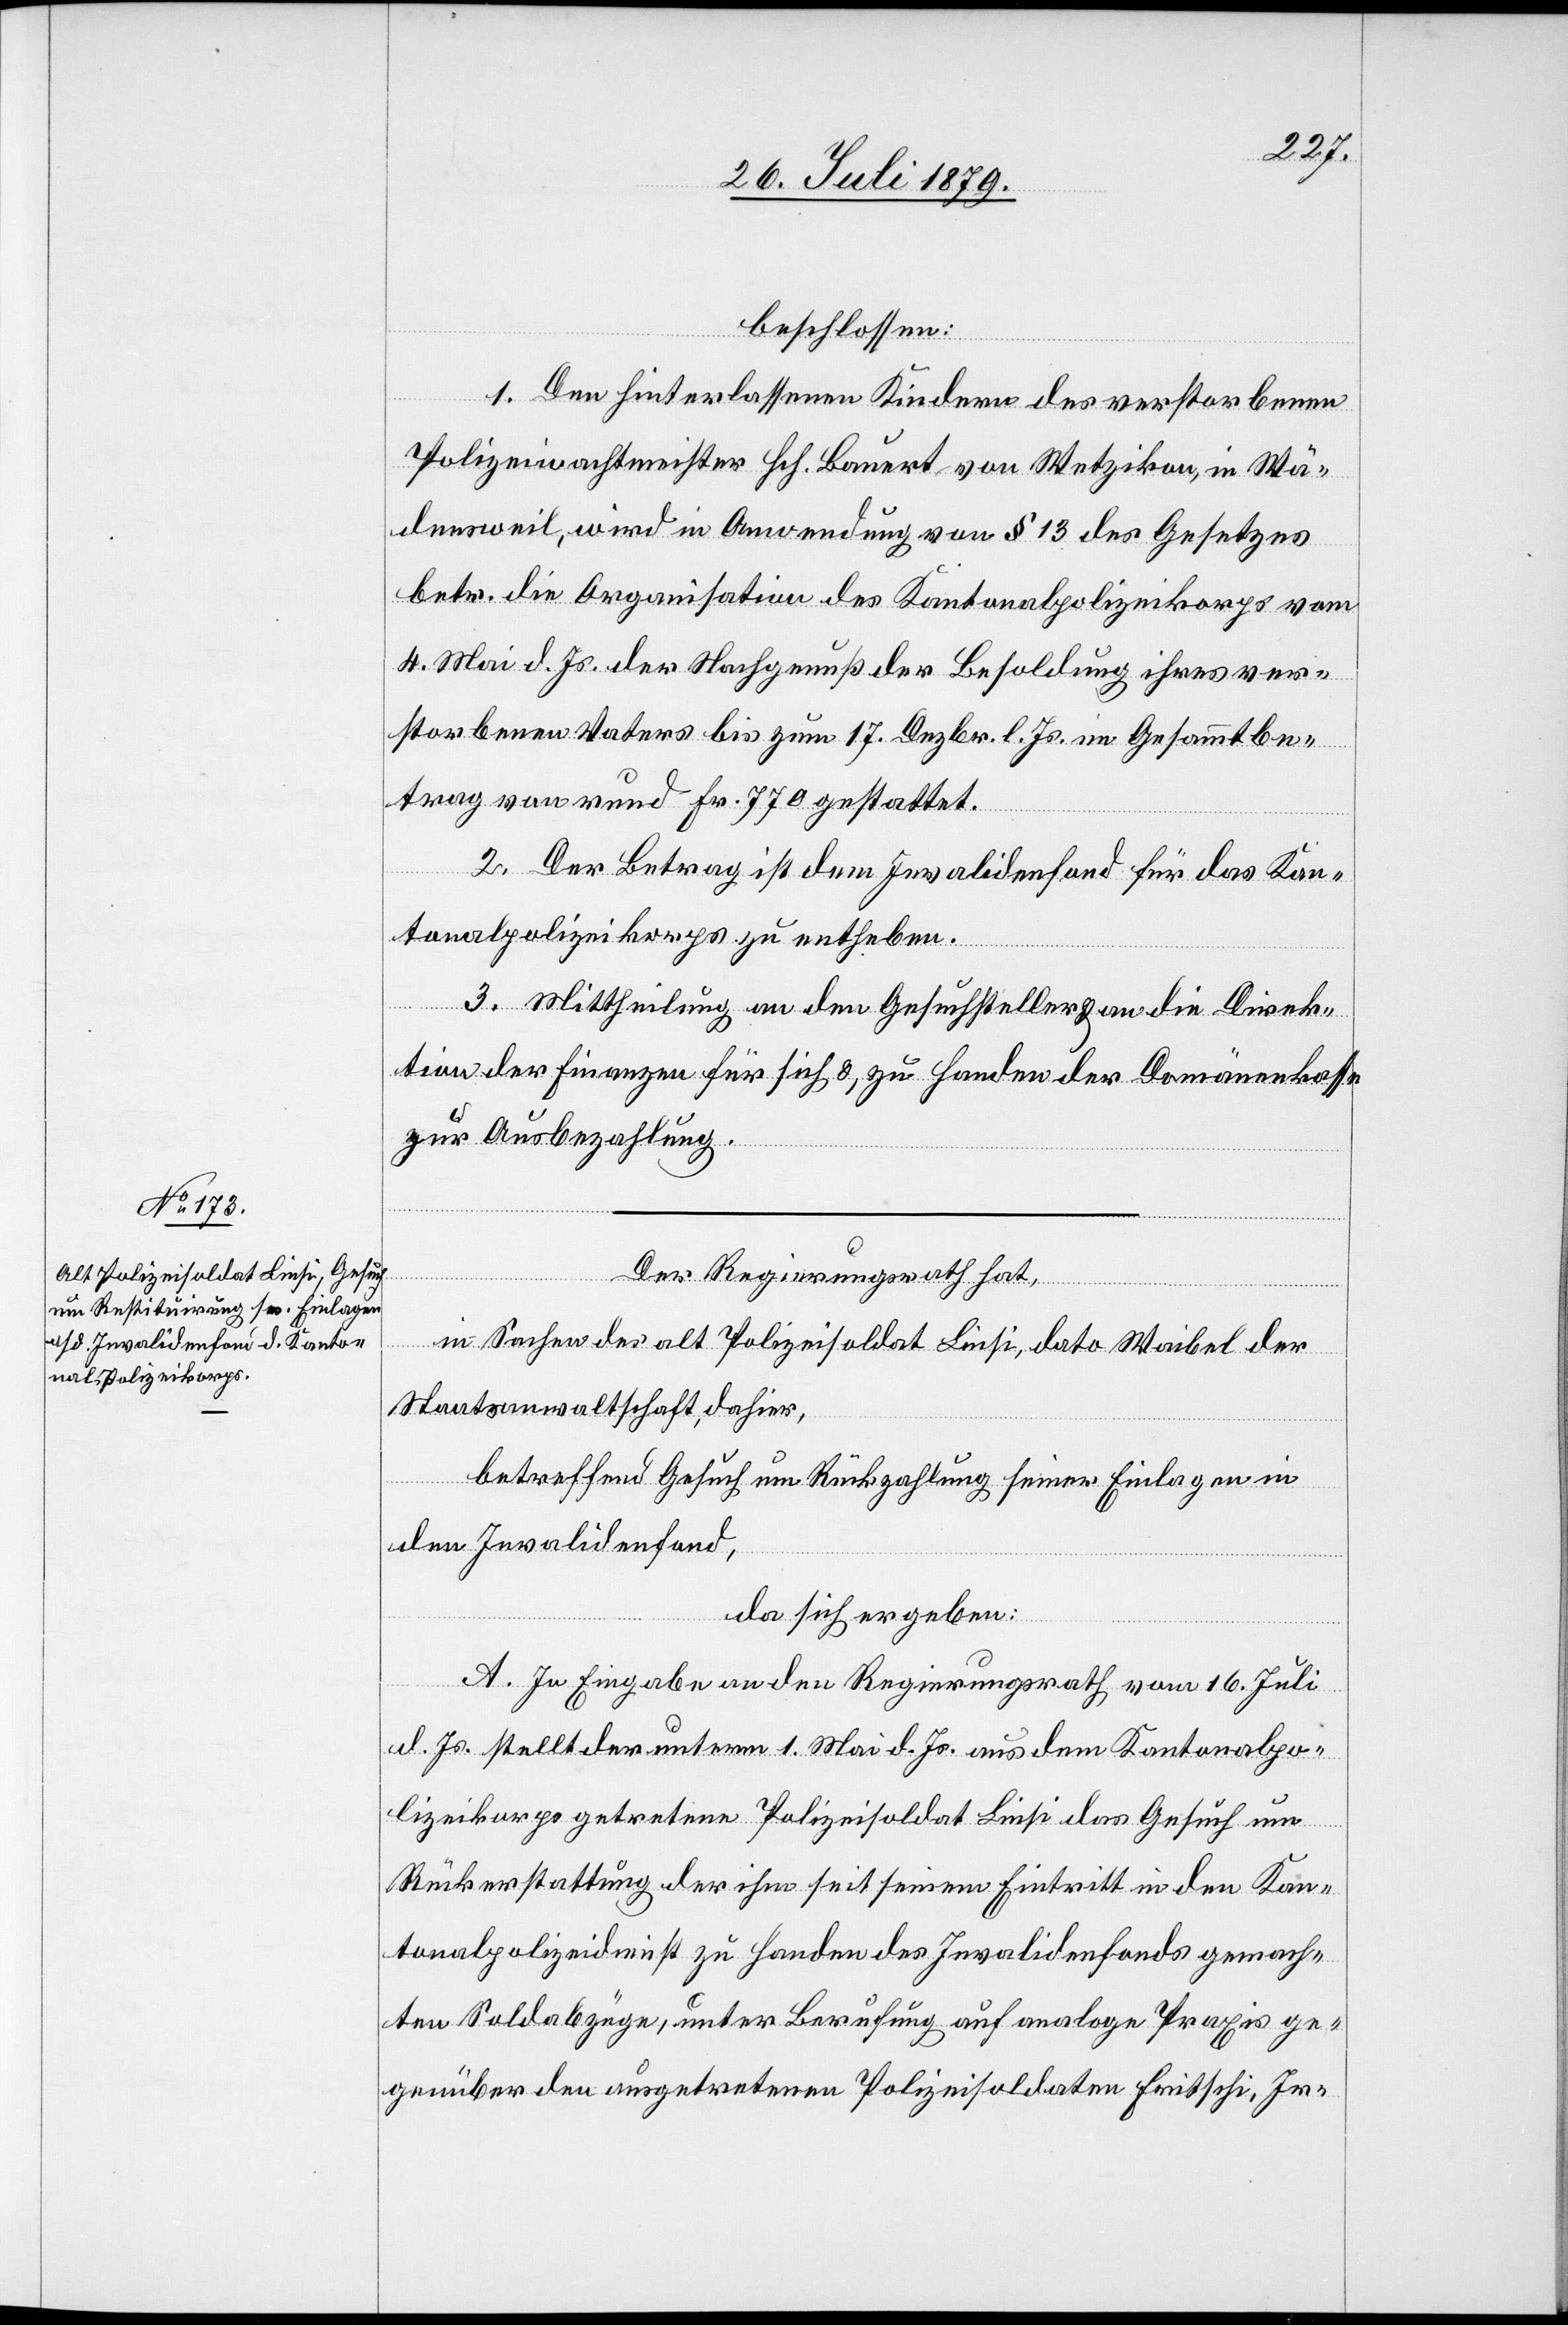
beschlossen:
1. Den hinterlassenen Kindern des verstorbenen
Polizeiwachtmeister Hch. Bauert von Wetzikon, in Wä¬
densweil, wird in Anwendung von § 13 des Gesetzes
betr. die Organisation des Kantonalpolizeikorps vom
4. Mai d. Js. der Nachgenuß der Besoldung ihres ver¬
storbenen Vaters bis zum 17. Dezbr. l. Js. im Gesammtbe¬
trag von rund Fr. 770 gestattet.
2. Der Betrag ist dem Invalidenfond für das Kan¬
tonalpolizeikorps zu entheben.
3. Mittheilung an den Gesuchsteller an die Direk¬
tion der Finanzen für sich & zu Handen der Domänenkasse
zur Ausbezahlung.
Der Regierungsrath hat,
in Sachen des alt Polizeisoldat Liesi, dato Waibel der
Staatsanwaltschaft, dahier,
betreffend Gesuch um Rückzahlung seiner Einlagen in
den Invalidenfond,
da sich ergeben:
A. In Eingabe an den Regierungsrath vom 16. Juli
d. Js. stellt der unterm 1. Mai d. Js. aus dem Kantonalpo¬
lizeikorps getretene Polizeisoldat Liesi das Gesuch um
Rückerstattung der ihm seit seinem Eintritt in den Kan¬
tonalpolizeidienst zu Handen des Invalidenfonds gemach¬
ten Soldabzüge, unter Berufung auf analoge Praxis ge¬
genüber den ausgetretenen Polizeisoldaten Fritschi, Ir-